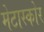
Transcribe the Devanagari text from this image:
मेटास्कोर